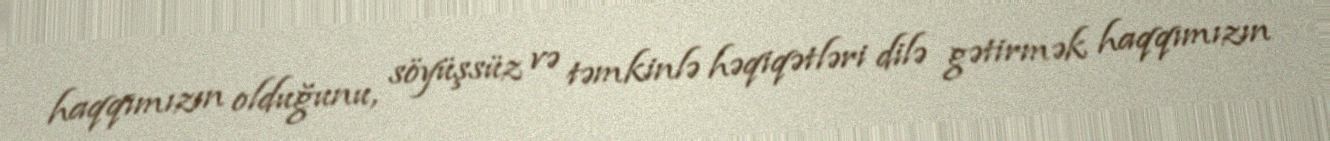
haqqımızın olduğunu, söyüşsüz və təmkinlə həqiqətləri dilə gətirmək haqqımızın